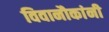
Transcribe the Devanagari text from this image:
विवानौकांनी